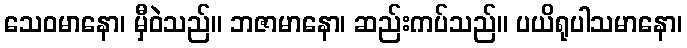
သေဝမာနော၊ မှီဝဲသည်။ ဘဇာမာနော၊ ဆည်းကပ်သည်။ ပယိရုပါသမာနော၊